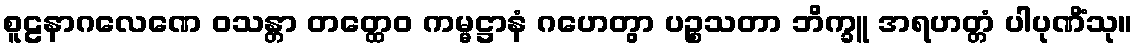
စူဠနာဂလေဏေ ဝသန္တာ တတ္ထေဝ ကမ္မဋ္ဌာနံ ဂဟေတွာ ပဉ္စသတာ ဘိက္ခူ အရဟတ္တံ ပါပုဏိံသု။